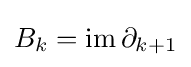
B_{k}=\operatorname {im} \partial _{k+1}